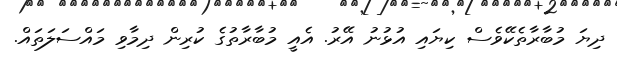
ދިޔަ މުބާރާތެކޭވެސް ކިޔައި އުޅުނު އޭރު. އެއީ މުބާރާތުގެ ކުރިން ދިމާވި މައްސަލަތައް.